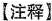
【注释】